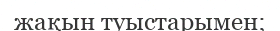
жақын туыстарымен;